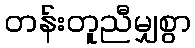
တန်းတူညီမျှစွာ